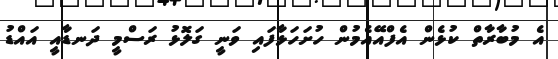
އެ މުބާރާތް ކުޅެން އެފްއޭއެމުން ހުށަހަޅާފައި ވަނީ ގަލޮޅު ރަސްމީ ދަނޑާއީ އައްޑު